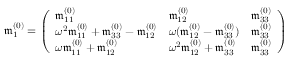
\begin{array} { r } { \mathfrak { m } _ { 1 } ^ { ( 0 ) } = \left( \begin{array} { l l l } { \mathfrak { m } _ { 1 1 } ^ { ( 0 ) } } & { \mathfrak { m } _ { 1 2 } ^ { ( 0 ) } } & { \mathfrak { m } _ { 3 3 } ^ { ( 0 ) } } \\ { \omega ^ { 2 } \mathfrak { m } _ { 1 1 } ^ { ( 0 ) } + \mathfrak { m } _ { 3 3 } ^ { ( 0 ) } - \mathfrak { m } _ { 1 2 } ^ { ( 0 ) } } & { \omega ( \mathfrak { m } _ { 1 2 } ^ { ( 0 ) } - \mathfrak { m } _ { 3 3 } ^ { ( 0 ) } ) } & { \mathfrak { m } _ { 3 3 } ^ { ( 0 ) } } \\ { \omega \mathfrak { m } _ { 1 1 } ^ { ( 0 ) } + \mathfrak { m } _ { 1 2 } ^ { ( 0 ) } } & { \omega ^ { 2 } \mathfrak { m } _ { 1 2 } ^ { ( 0 ) } + \mathfrak { m } _ { 3 3 } ^ { ( 0 ) } } & { \mathfrak { m } _ { 3 3 } ^ { ( 0 ) } } \end{array} \right) } \end{array}